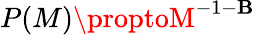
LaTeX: P(M)\proptoM^{-1-\mathbf{B}}